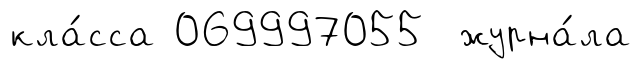
кла́сса 069997055 журна́ла